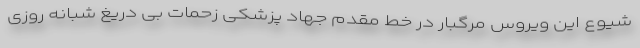
شیوع این ویروس مرگبار در خط مقدم جهاد پزشکی زحمات بی دریغ شبانه روزی